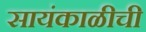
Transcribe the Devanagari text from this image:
सायंकाळीची